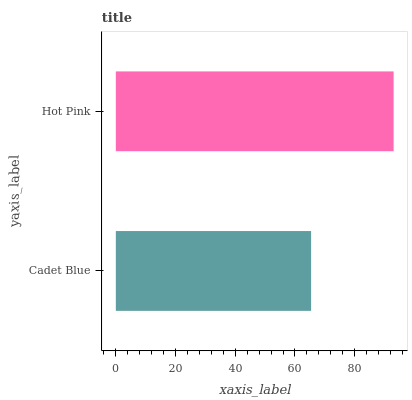
| yaxis_label | bars |
 | --- | --- |
 | Cadet Blue | 65.4 |
 | Hot Pink | 93 |